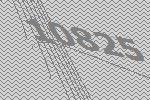
10825